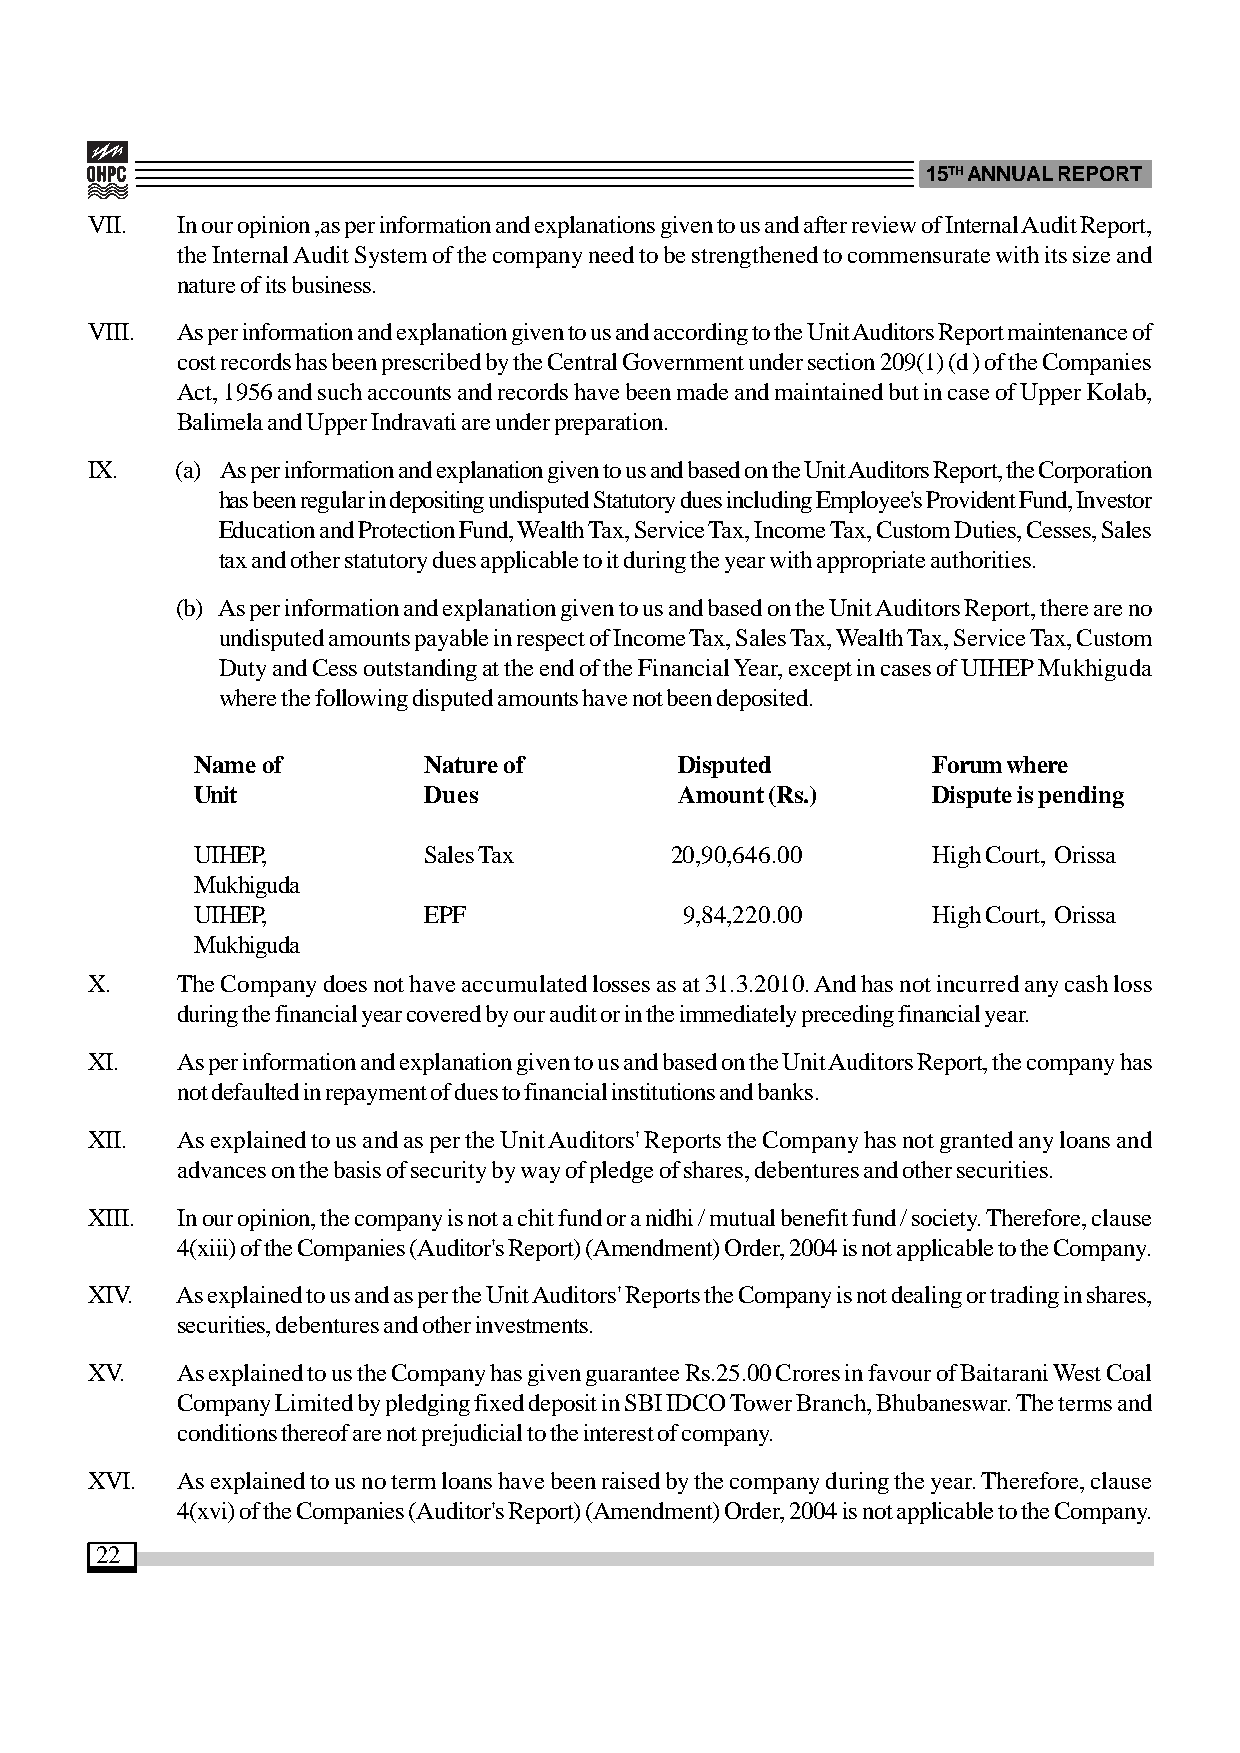
15TH ANNUAL REPORT
 VII.  In our opinion ,as per information and explanations given to us and after review of Internal Audit Report,
 the Internal Audit System of the company need to be strengthened to commensurate with its size and
 nature of its business.
 VIII. As per information and explanation given to us and according to the Unit Auditors Report maintenance of
 cost records has been prescribed by the Central Government under section 209(1) (d ) of the Companies
 Act, 1956 and such accounts and records have been made and maintained but in case of Upper Kolab,
 Balimela and Upper Indravati are under preparation.
 IX.   (a) As per information and explanation given to us and based on the Unit Auditors Report, the Corporation
 has been regular in depositing undisputed Statutory dues including Employee's Provident Fund, Investor
 Education and Protection Fund, Wealth Tax, Service Tax, Income Tax, Custom Duties, Cesses, Sales
 tax and other statutory dues applicable to it during the year with appropriate authorities.
 (b) As per information and explanation given to us and based on the Unit Auditors Report, there are no
 undisputed amounts payable in respect of Income Tax, Sales Tax, Wealth Tax, Service Tax, Custom
 Duty and Cess outstanding at the end of the Financial Year, except in cases of UIHEP Mukhiguda
 where the following disputed amounts have not been deposited.
 Name of        Nature of        Disputed         Forum where
 Unit           Dues             Amount (Rs.)     Dispute is pending
 UIHEP,         Sales Tax       20,90,646.00      High Court, Orissa
 Mukhiguda
 UIHEP,         EPF              9,84,220.00      High Court, Orissa
 Mukhiguda
 X.    The Company does not have accumulated losses as at 31.3.2010. And has not incurred any cash loss
 during the financial year covered by our audit or in the immediately preceding financial year.
 XI.   As per information and explanation given to us and based on the Unit Auditors Report, the company has
 not defaulted in repayment of dues to financial institutions and banks.
 XII.  As explained to us and as per the Unit Auditors' Reports the Company has not granted any loans and
 advances on the basis of security by way of pledge of shares, debentures and other securities.
 XIII. In our opinion, the company is not a chit fund or a nidhi / mutual benefit fund / society. Therefore, clause
 4(xiii) of the Companies (Auditor's Report) (Amendment) Order, 2004 is not applicable to the Company.
 XIV.  As explained to us and as per the Unit Auditors' Reports the Company is not dealing or trading in shares,
 securities, debentures and other investments.
 XV.   As explained to us the Company has given guarantee Rs.25.00 Crores in favour of Baitarani West Coal
 Company Limited by pledging fixed deposit in SBI IDCO Tower Branch, Bhubaneswar. The terms and
 conditions thereof are not prejudicial to the interest of company.
 XVI.  As explained to us no term loans have been raised by the company during the year. Therefore, clause
 4(xvi) of the Companies (Auditor's Report) (Amendment) Order, 2004 is not applicable to the Company.
 22